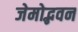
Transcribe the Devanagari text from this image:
जेमोद्भवन